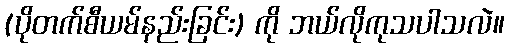
(ပိုတက်စီယမ်နည်းခြင်း) ကို ဘယ်လိုကုသပါသလဲ။